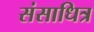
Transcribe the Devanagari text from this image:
संसाधित्र